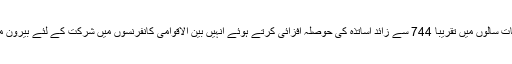
گزشتہ ساڑھے سات سالوں میں تقریباََ 744 سے زائد اساتذہ کی حوصلہ افزائی کرتے ہوئے انہیں بین الاقوامی کانفرنسوں میں شرکت کے لئے بیرون ممالک بھجوایا گیا۔